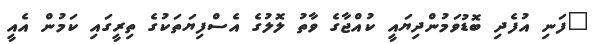
"ފަނި އުފެދި ބޮޑުވަމުންދިޔައީ ކުއްޖާގެ ވާތު ލޮލުގެ އެސްފިޔަތަކުގެ ތިރީގައި ކަމުން އެއީ